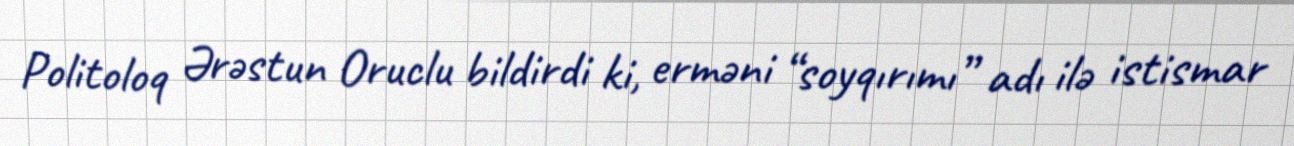
Politoloq Ərəstun Oruclu bildirdi ki, erməni “soyqırımı” adı ilə istismar